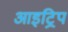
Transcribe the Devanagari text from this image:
आइट्रिप